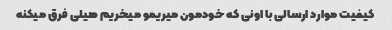
کیفیت موارد ارسالی با اونی که خودمون میریمو میخریم هیلی فرق میکنه